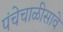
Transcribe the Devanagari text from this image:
पंचेचाळीसावे